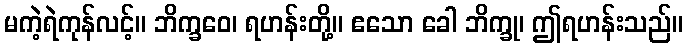
မကဲ့ရဲကုန်လင့်။ ဘိက္ခဝေ၊ ရဟန်းတို့။ ဧသော ခေါ ဘိက္ခု၊ ဤရဟန်းသည်။